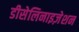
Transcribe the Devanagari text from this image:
डीसेलिनाइज़ेशन